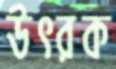
উৎরক